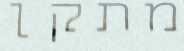
מתקן